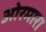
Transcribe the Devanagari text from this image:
ओरमारा